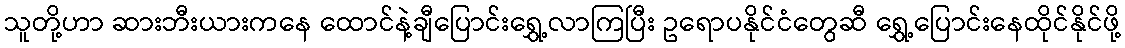
သူတို့ဟာ ဆားဘီးယားကနေ ထောင်နဲ့ချီပြောင်းရွှေ့လာကြပြီး ဥရောပနိုင်ငံတွေဆီ ရွှေ့ပြောင်းနေထိုင်နိုင်ဖို့